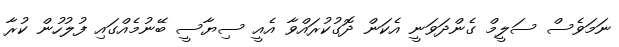
ނަމަވެސް ސަލީމް ގެންދަވަނީ އެކަން ދޮގުކުރައްވާ އެއީ ސިޔާސީ ބޭނުމެއްގައި ފުލުހުން ކުރާ